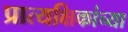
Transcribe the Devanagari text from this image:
प्रात्यक्षिकांच्या